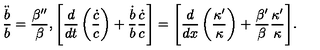
\frac { \ddot { b } } { b } = \frac { \beta ^ { \prime \prime } } { \beta } , \Biggl [ \frac { d } { d t } \left( \frac { \dot { c } } { c } \right) + \frac { \dot { b } } { b } \frac { \dot { c } } { c } \Biggr ] = \Biggl [ \frac { d } { d x } \left( \frac { \kappa ^ { \prime } } { \kappa } \right) + \frac { \beta ^ { \prime } } { \beta } \frac { \kappa ^ { \prime } } { \kappa } \Biggr ] .